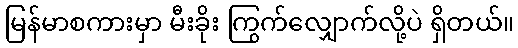
မြန်မာစကားမှာ မီးခိုး ကြွက်လျှောက်လို့ပဲ ရှိတယ်။